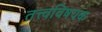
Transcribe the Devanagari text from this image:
तत्त्वविषयक